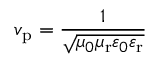
v _ { \mathrm { p } } = { \frac { 1 } { \sqrt { \mu _ { 0 } \mu _ { \mathrm { r } } \varepsilon _ { 0 } \varepsilon _ { \mathrm { r } } } } }